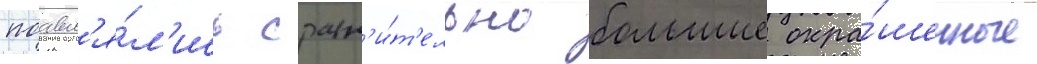
поавл'я́л'ись сравн'и́т'ельно большие окра́шенные